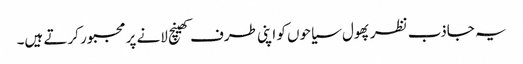
یہ جاذب نظر پھول سیاحوں کو اپنی طرف کھینچ لانے پر مجبور کرتے ہیں۔